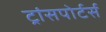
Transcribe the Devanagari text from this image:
ट्रांसपोर्टर्स